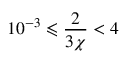
1 0 ^ { - 3 } \leqslant \frac { 2 } { 3 \chi } < 4